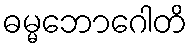
ဓမ္မဘောဂေါတိ